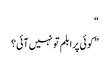
“
” کوئی پرابلم تو نہیں آئی؟